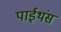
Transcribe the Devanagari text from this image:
पाईथंस